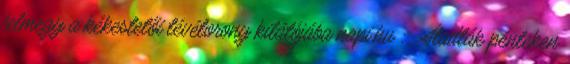
felmegy a kékestetői tévétorony kilátójába napi.hu :: Átadták pénteken